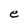
Character: e